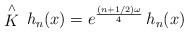
LaTeX: \begin{align*} \stackrel{\wedge }{K}\, h_{n}(x) =e^{\frac{(n+1/2)\omega}{4}}\,h_{n}(x)\end{align*}